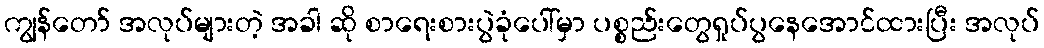
ကျွန်တော် အလုပ်များတဲ့ အခါ ဆို စာရေးစားပွဲခုံပေါ်မှာ ပစ္စည်းတွေရှုပ်ပွနေအောင်ထားပြီး အလုပ်